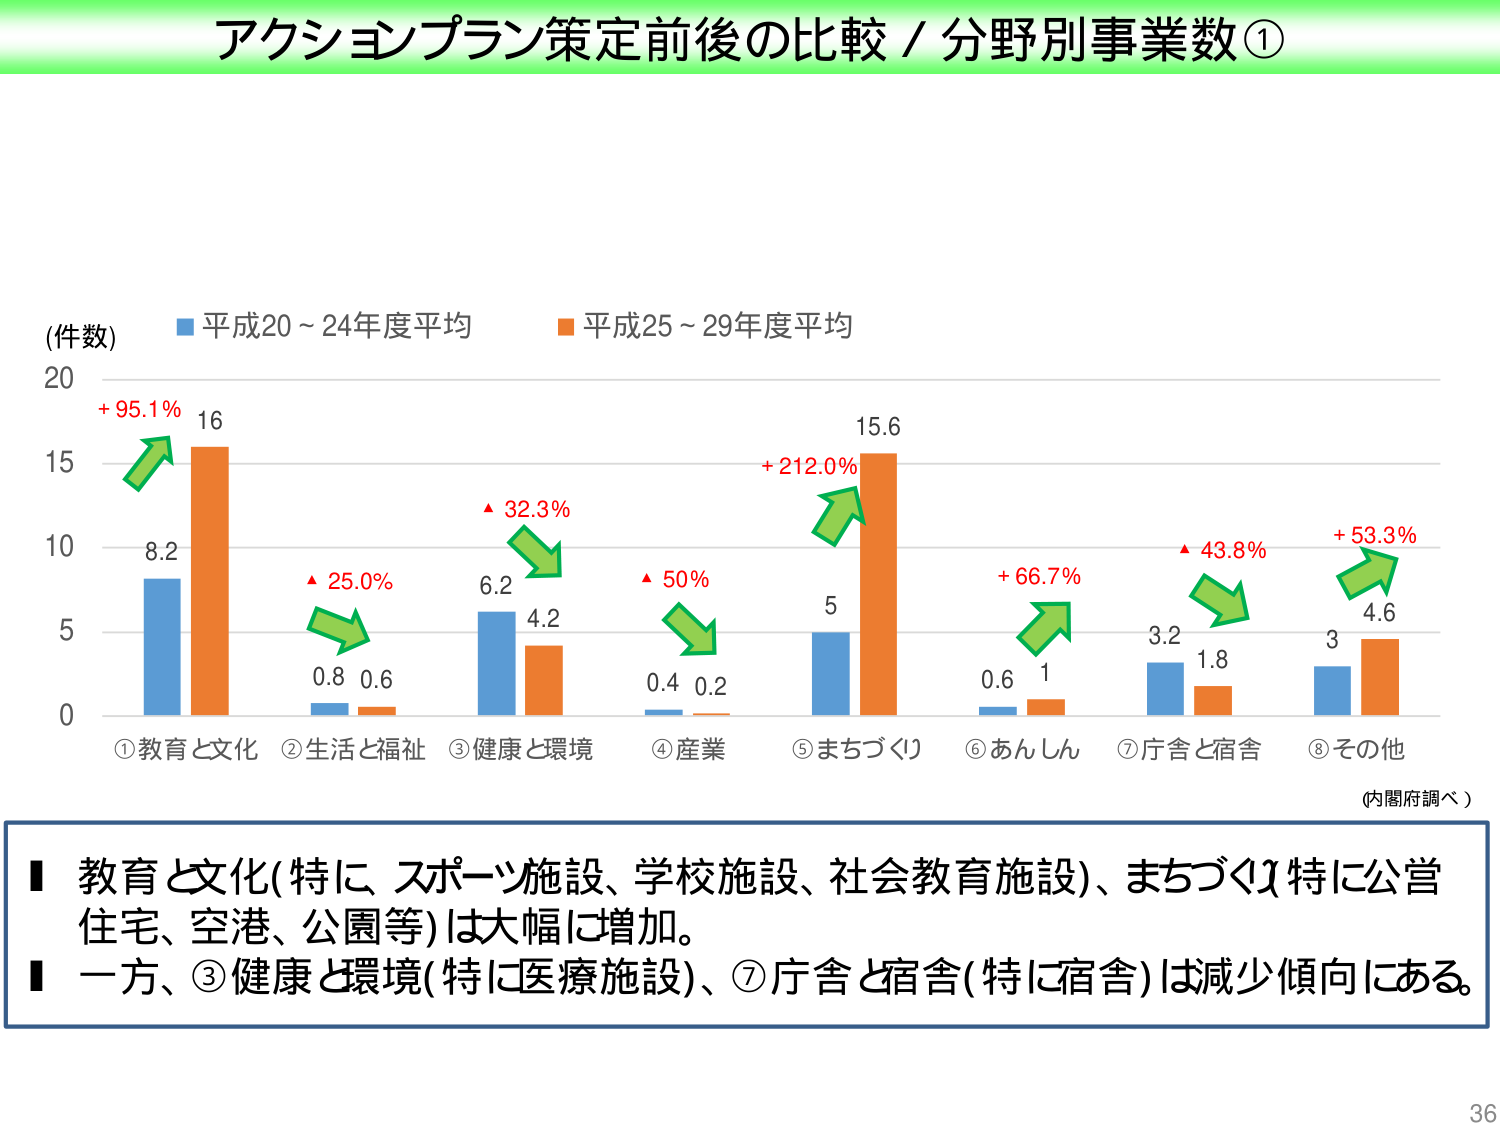
アクションプラン策定前後の比較 / 分野別事業数①

(件数)
■ 平成20～24年度平均
■ 平成25～29年度平均

+95.1% 16
8.2

▲25.0% 0.8 0.6

▲32.3% 6.2 4.2

▲50% 0.4 0.2

+212.0% 15.6
5

+66.7% 0.6 1

▲43.8% 3.2 1.8

+53.3% 4.6
3

①教育と文化 ②生活と福祉 ③健康と環境 ④産業 ⑤まちづくり ⑥あんしん ⑦庁舎と宿舎 ⑧その他

(内閣府調べ)

■ 教育と文化(特に、スポーツ施設、学校施設、社会教育施設)、まちづくり(特に公営住宅、空港、公園等)は大幅に増加。
■ 一方、③健康と環境(特に医療施設)、⑦庁舎と宿舎(特に宿舎)は減少傾向にある。

36